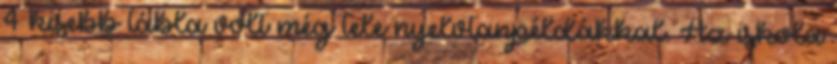
4 kisebb tábla volt még tele nyelvtanpéldákkal. Az iskola